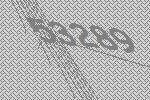
53289